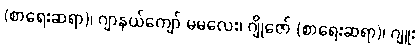
(စာရေးဆရာ)၊ ဂျာနယ်ကျော် မမလေး၊ ဂျိုဇော် (စာရေးဆရာ)၊ ဂျူး